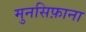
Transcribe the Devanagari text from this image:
मुनसिफ़ाना